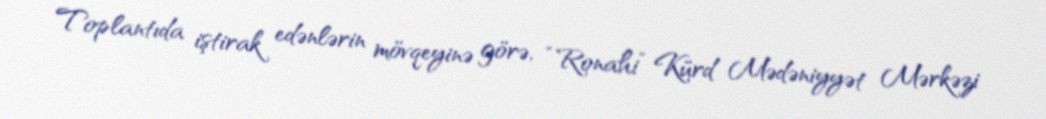
Toplantıda iştirak edənlərin mövqeyinə görə, “Ronahi” Kürd Mədəniyyət Mərkəzi